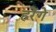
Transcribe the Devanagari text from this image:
हरेंगे